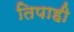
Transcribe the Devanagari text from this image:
तिपाही